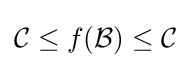
{\mathcal {C}}\leq f({\mathcal {B}})\leq {\mathcal {C}}